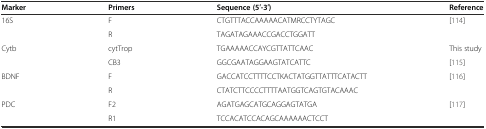
<table><thead><tr><td><b>Marker</b></td><td><b>Primers</b></td><td><b>Sequence (5′-3′)</b></td><td><b>Reference</b></td></tr></thead><tbody><tr><td rowspan="2">16S</td><td>F</td><td>CTGTTTACCAAAAACATMRCCTYTAGC</td><td rowspan="2">[114]</td></tr><tr><td>R</td><td>TAGATAGAAACCGACCTGGATT</td></tr><tr><td rowspan="2">Cytb</td><td>cytTrop</td><td>TGAAAAACCAYCGTTATTCAAC</td><td>This study</td></tr><tr><td>CB3</td><td>GGCGAATAGGAAGTATCATTC</td><td>[115]</td></tr><tr><td rowspan="2">BDNF</td><td>F</td><td>GACCATCCTTTTCCTKACTATGGTTATTTCATACTT</td><td rowspan="2">[116]</td></tr><tr><td>R</td><td>CTATCTTCCCCTTTTAATGGTCAGTGTACAAAC</td></tr><tr><td rowspan="2">PDC</td><td>F2</td><td>AGATGAGCATGCAGGAGTATGA</td><td rowspan="2">[117]</td></tr><tr><td>R1</td><td>TCCACATCCACAGCAAAAAACTCCT</td></tr></tbody></table>